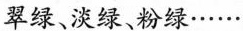
翠绿、淡绿、粉绿……